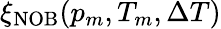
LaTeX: \xi_{\mathrm{NOB}}(p_{m},T_{m},\Delta T)